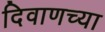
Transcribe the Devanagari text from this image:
दिवाणच्या